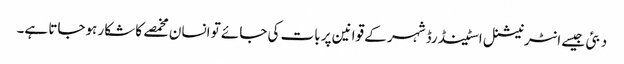
دبئی جیسے انٹرنیشنل اسٹینڈرڈ شہر کے قوانین پر بات کی جائے تو انسان مخمصے کا شکار ہوجاتا ہے۔